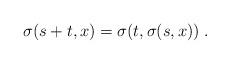
LaTeX: \begin{align*}\sigma (s + t , x) = \sigma (t , \sigma (s, x))\;.\end{align*}